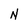
Character: N